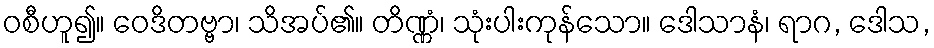
ဝစီဟူ၍။ ဝေဒိတဗ္ဗာ၊ သိအပ်၏။ တိဏ္ဏံ၊ သုံးပါးကုန်သော။ ဒေါသာနံ၊ ရာဂ, ဒေါသ,